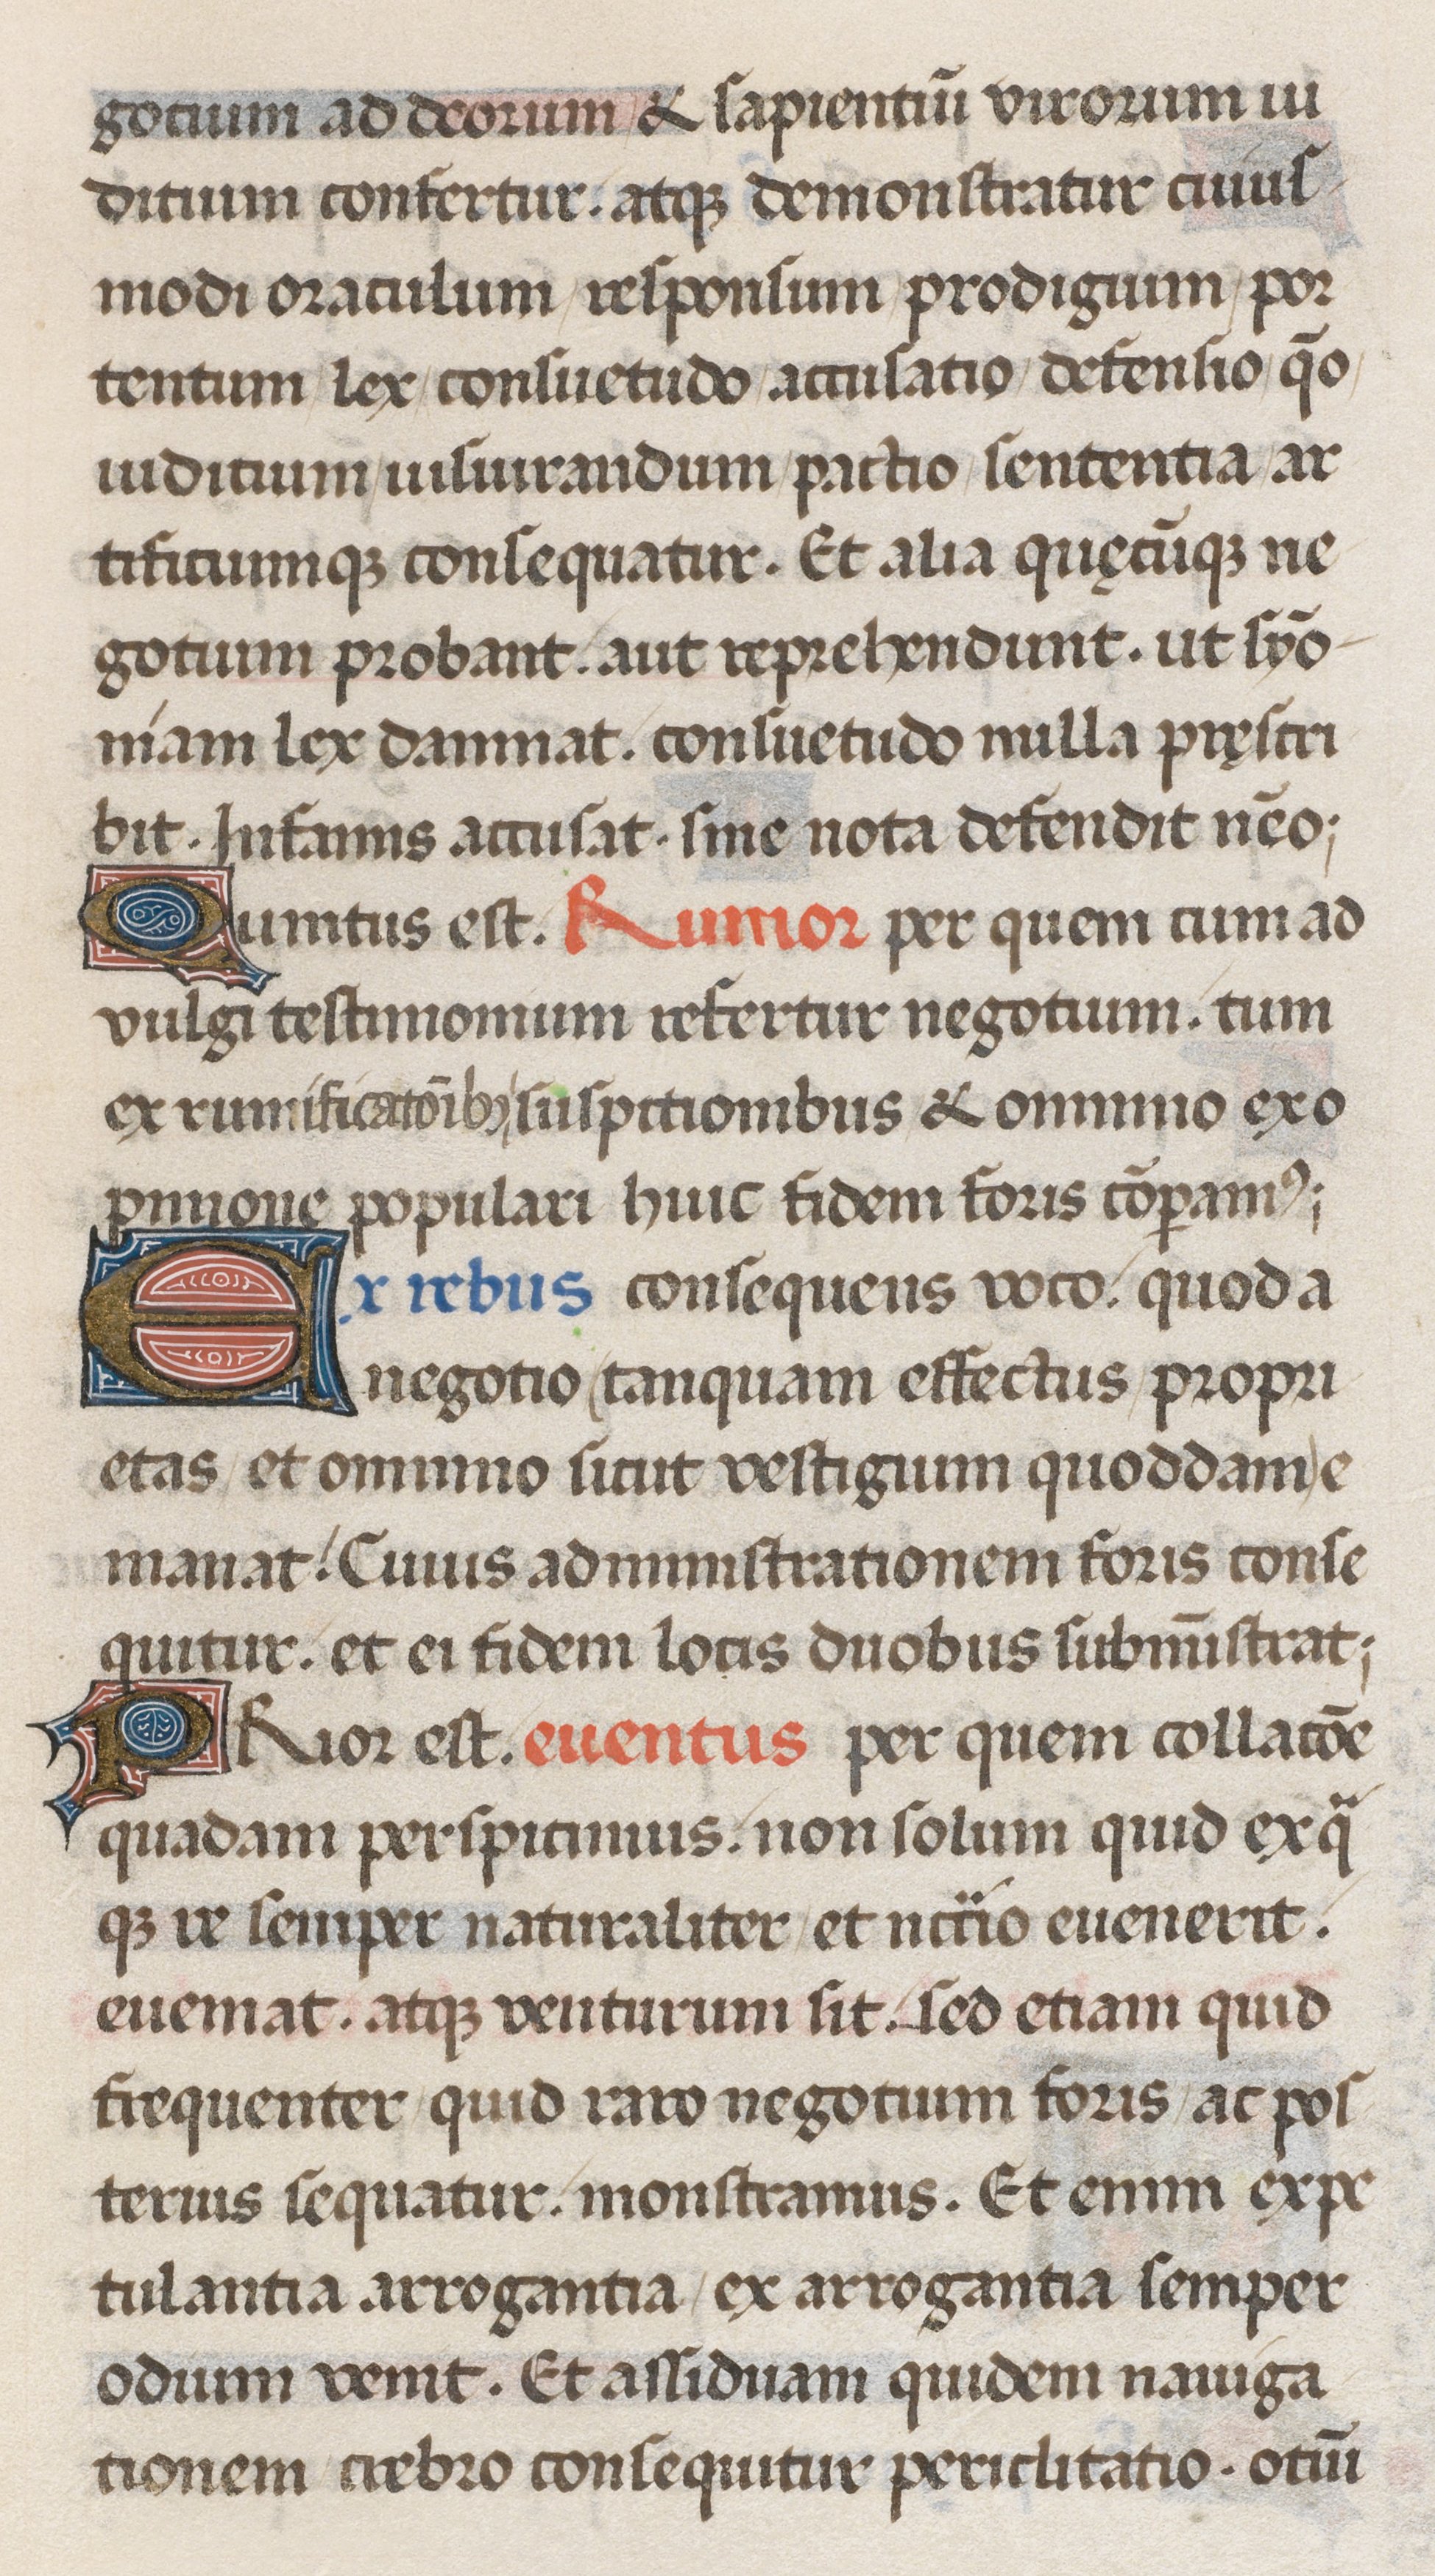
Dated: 1471–1471